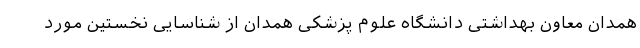
همدان معاون بهداشتی دانشگاه علوم پزشکی همدان از شناسایی نخستین مورد